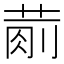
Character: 𱽴